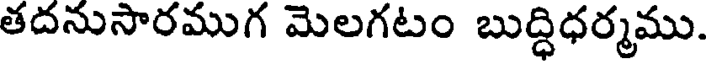
తదనుసారముగ మెలగటం బుద్ధిధర్మము.